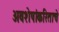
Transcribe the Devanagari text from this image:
अवशेषांकरिताचे